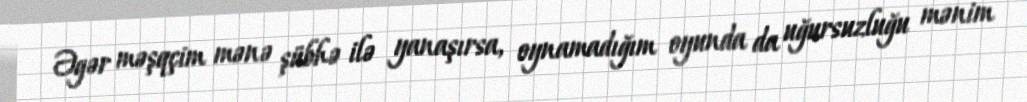
Əgər məşqçim mənə şübhə ilə yanaşırsa, oynamadığım oyunda da uğursuzluğu mənim